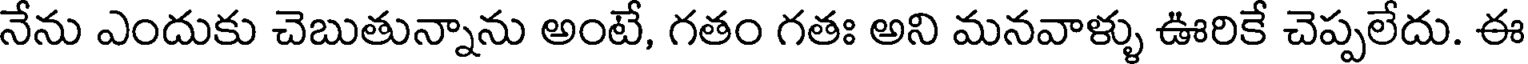
నేను ఎందుకు చెబుతున్నాను అంటే, గతం గతః అని మనవాళ్ళు ఊరికే చెప్పలేదు. ఈ